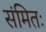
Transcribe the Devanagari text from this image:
संमितः